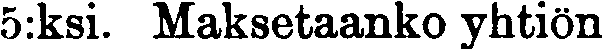
5:ksi. Maksetaanko yhtiön